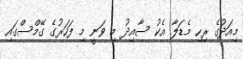
މިއަދުގެ ރިހި މެޑަލާ އެކު ސާއިދު މި ވަނީ މި ފަހަރުގެ ގޭމްސްގައި